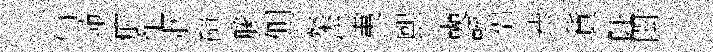
仙茆疵忙狀磧縢側粲倕夷熙奭輊侣恭貲阯閎